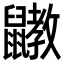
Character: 𪖄